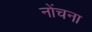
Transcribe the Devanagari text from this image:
नोंचना